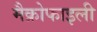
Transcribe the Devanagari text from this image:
मैक्रोफाइली